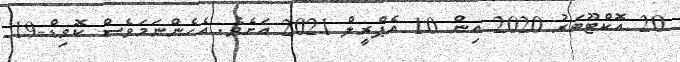
20 އޮކްޓޫބަރު 2020 އިން 10 އެޕްރީލް 2021 އަށެވެ. އެހެންނަމަވެސް ކޮވިޑް-19